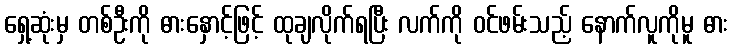
ရှေ့ဆုံးမှ တစ်ဦးကို ဓားနှောင့်ဖြင့် ထုချလိုက်ရပြီး လက်ကို ဝင်ဖမ်းသည့် နောက်လူကိုမူ ဓား